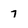
Character: 7